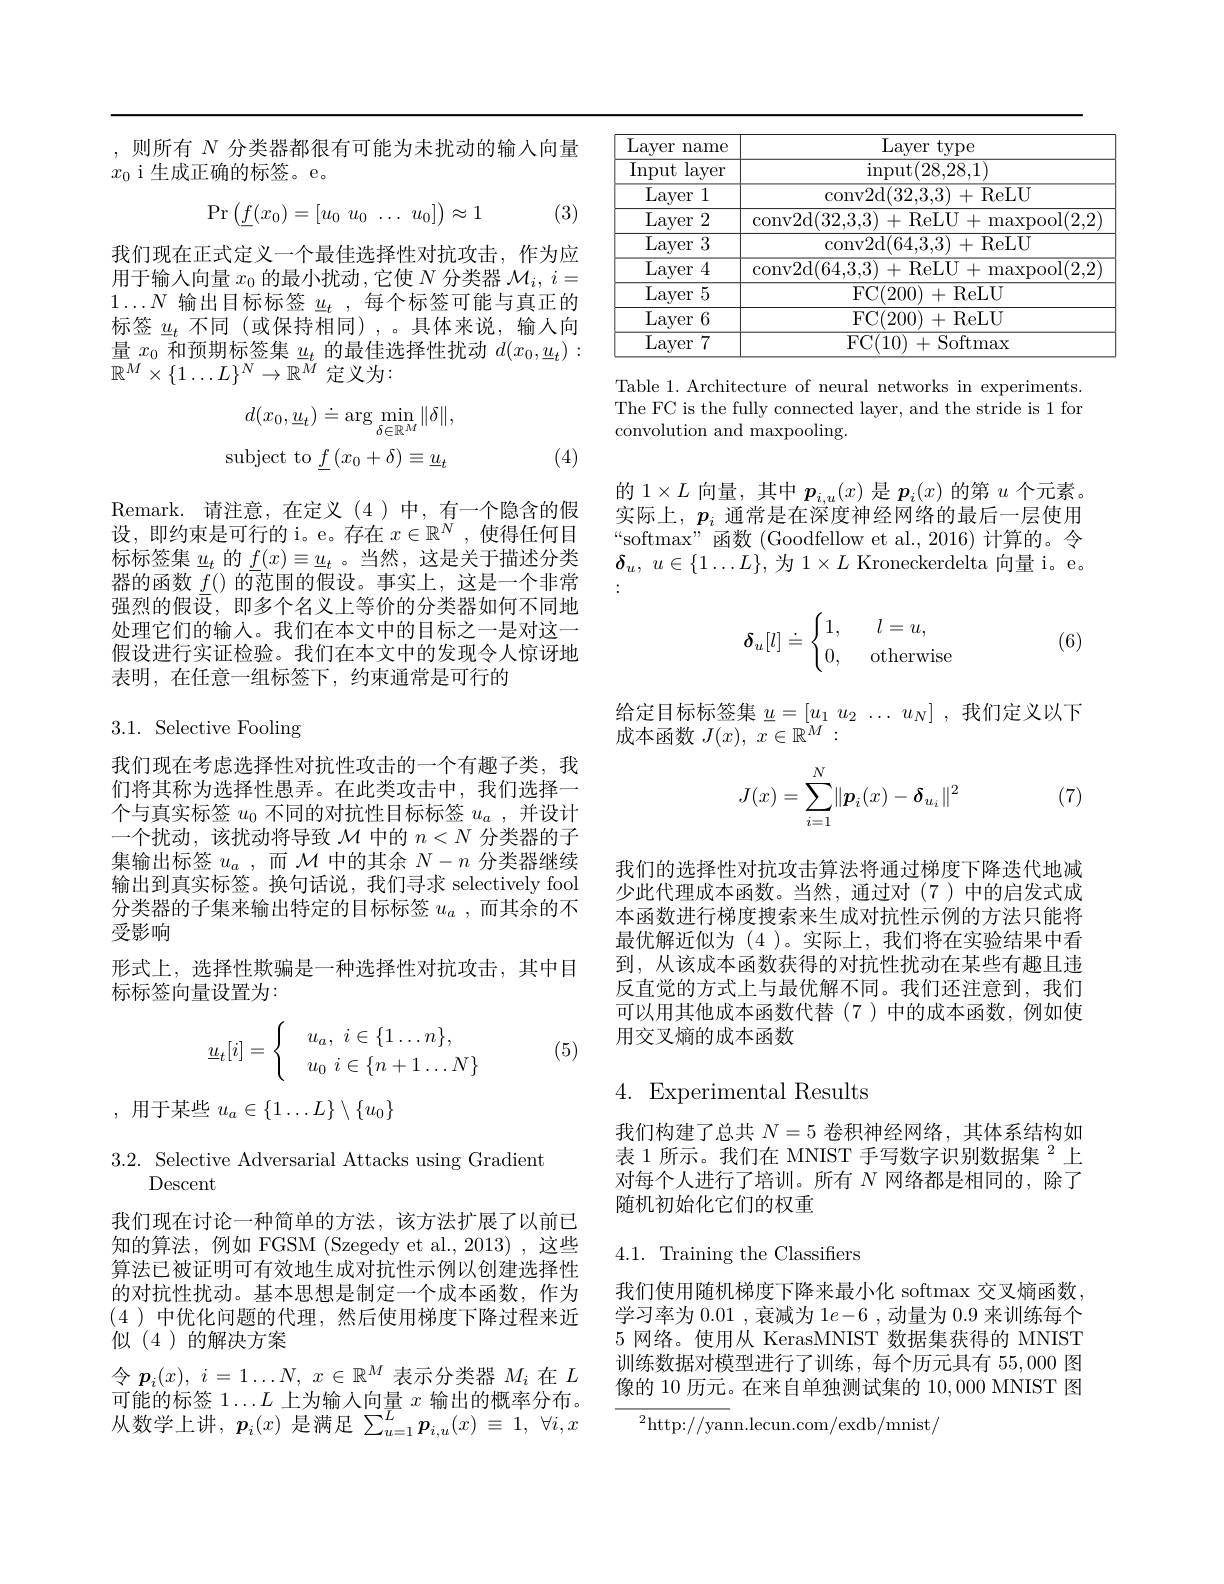
,则所有$N$分类器都很有可能为未扰动的输入向量
$x_0$ i 生成正确的标签。e。

(3)
$$\Pr\begin{pmatrix}\underline{f}(x_0)=[u_0\:u_0\:\dots\:u_0]\end{pmatrix}\approx1$$
我们现在正式定义一个最佳选择性对抗攻击，作为应用于输入向量$x_0$的最小扰动 ,它使$N$分类器$\mathcal{M}_i,i=$ $1\ldots N$ 输出目标标签 $\underline{u}_t$,每个标签可能与真正的标签$\underline{u}_t$不同 (或保持相同),。具体来说，输入向量$x_0$和预期标签集$\underline{u}_t$的最佳选择性扰动$d(x_0,\underline{u}_t):$ $\mathbb{R}^M\times\{1\ldots L\}^N\to\mathbb{R}^{\tilde{M}}$定义为：
$$d(x_{0},\underline{u}_{t})\doteq\arg\min_{\delta\in\mathbb{R}^{M}}\|\delta\|,\\\mathrm{subject~to~}\underline{f}\left(x_{0}+\delta\right)\equiv\underline{u}_{t}$$
(4)

Remark. 请注意，在定义(4)中，有一个隐含的假设，即约束是可行的 i。e。存在 $x\in \mathbb{R} ^N$ , 使得任何目标标签集$u_t$的$\underline f(x)\equiv\underline{u}_t$ 。当然，这是关于描述分类器的函数$\underline f()$的范围的假设。事实上，这是一个非常强烈的假设，即多个名义上等价的分类器如何不同地处理它们的输入。我们在本文中的目标之一是对这一假设进行实证检验。我们在本文中的发现令人惊讶地表明，在任意一组标签下，约束通常是可行的

3.1. Selective Fooling

我们现在考虑选择性对抗性攻击的一个有趣子类，我们将其称为选择性愚弄。在此类攻击中，我们选择一个与真实标签$u_0$不同的对抗性目标标签$u_a$,并设计一个扰动，该扰动将导致$\mathcal{M}$中的$n<N$分类器的子集输出标签$u_a$ ,而$\mathcal{M}$中的其余$N-n$分类器继续输出到真实标签。换句话说，我们寻求 selectively fool 分类器的子集来输出特定的目标标签$u_a$ ,而其余的不受影响
形式上，选择性欺骗是一种选择性对抗攻击，其中目
标标签向量设置为：

(5)
$$\underline{u}_t[i]=\begin{cases}&u_a,\:i\in\{1\dots n\},\\&u_0\:i\in\{n+1\dots N\}\end{cases}$$
$$u_a\in\{1\dots L\}\setminus\{u_0\}$$
3.2. Selective Adversarial Attacks using Gradient
### Descent

我们现在讨论一种简单的方法，该方法扩展了以前已知的算法，例如 FGSM (Szegedy et al., 2013),这些算法已被证明可有效地生成对抗性示例以创建选择性的对抗性扰动。基本思想是制定一个成本函数，作为(4)中优化问题的代理，然后使用梯度下降过程来近似(4)的解决方案
令$\boldsymbol{p}_i( x) $, $i= 1\ldots N$, $x\in \mathbb{R} ^M$表示分类器$M_i$在$L$ 可能的标签 1...$L$上为输入向量$x$输出的概率分布。从数学上讲，$\boldsymbol p_i(x)$是满足$\sum_u=1^L\boldsymbol p_{i,u}(x)\equiv1,\forall i,x$

<table>
	<tbody>
		<tr>
			<td>Layer name </td>
			<td>Layer type</td>
		</tr>
		<tr>
			<td>Input layer</td>
			<td>$\operatorname{input}(28,28,1)$</td>
		</tr>
		<tr>
			<td>$\overline{\mathrm{Layer}}$ 1</td>
			<td>conv2d(32,3,3)+ReLU</td>
		</tr>
		<tr>
			<td>$\overline{\mathrm{Layer}}$ 2</td>
			<td>conv2d(32,3,3) )+ReLU+maxpool(2,2</td>
		</tr>
		<tr>
			<td>$\overline{\mathrm{Layer}}$ 3</td>
			<td>conv2d( 64, 3, 3) + ReLU</td>
		</tr>
		<tr>
			<td>$\overline{\mathrm{Layer}}$ 4</td>
			<td>conv2d(64,3,3)+ReLU+maxpool(2,2</td>
		</tr>
		<tr>
			<td>$\overline{\mathrm{Layer}}$ 5</td>
			<td>FC(200)+ReLU</td>
		</tr>
		<tr>
			<td>Layer 6</td>
			<td>FC(200)+ReLU</td>
		</tr>
		<tr>
			<td>$\overline{\mathrm{Layer}}$ 7</td>
			<td>Softmax FC( 10) +</td>
		</tr>
	</tbody>
</table>

Table 1. Architecture of neural networks in experiments. The FC is the fully connected layer, and the stride is 1 for convolution and maxpooling.

的$1\times L$向量，其中$\boldsymbol p_i,u(x)$是$\boldsymbol p_i(x)$的第$u$个元素。实际上，$p_i$通常是在深度神经网络的最后一层使用“softmax”函数(Goodfellow et al.,2016)计算的。令$\boldsymbol{\delta }_u$, $u\in \{ 1\ldots L\} $,为$1\times L$ Kroneckerdelta 向量 i。e。
$$\delta_u[l]\doteq\begin{cases}1,&\quad l=u,\\0,&\quad\mathrm{otherwise}\end{cases}$$
(6)

给定目标标签集$\underline {u}= [ u_1$ $u_2$ $\ldots$ $u_N]$ ,我们定义以下
成本函数$J(x),\:x\in\mathbb{R}^{\dagger}^{\dagger}:$

(7)
$$J(x)=\sum_{i=1}^N\lVert\boldsymbol{p}_i(x)-\boldsymbol{\delta}_{u_i}\rVert^2$$
我们的选择性对抗攻击算法将通过梯度下降迭代地减少此代理成本函数。当然，通过对(7)中的启发式成本函数进行梯度搜索来生成对抗性示例的方法只能将最优解近似为 (4 )。实际上，我们将在实验结果中看到，从该成本函数获得的对抗性扰动在某些有趣且违反直觉的方式上与最优解不同。我们还注意到，我们可以用其他成本函数代替(7)中的成本函数，例如使用交叉熵的成本函数

## $4.{\mathrm{Experimental~Results}}$

我们构建了总共$N=5$卷积神经网络，其体系结构如表 1 所示。我们在 MNIST 手写数字识别数据集 $^{2}$上对每个人进行了培训。所有$N$网络都是相同的，除了随机初始化它们的权重

4.1. Training the Classifiers

我们使用随机梯度下降来最小化 softmax 交叉熵函数， 学习率为0.01 , 衰减为$1e-6$ , 动量为0.9来训练每个5 网络。使用从 KerasMNIST 数据集获得的 MNIST 训练数据对模型进行了训练，每个历元具有55，000图像的 10 历元。在来自单独测试集的10，000 MNIST 图

$^{2}$http://yann.lecun.com/exdb/mnist/